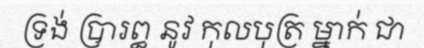
ទ្រង់ ប្រារឰ នូវ កុលបុត្រ ម្នាក់ ជា